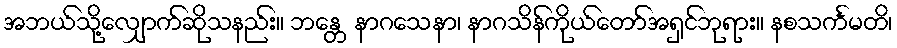
အဘယ်သို့လျှောက်ဆိုသနည်း။ ဘန္တေ နာဂသေနာ၊ နာဂသိန်ကိုယ်တော်အရှင်ဘုရား။ နစသင်္ကမတိ၊